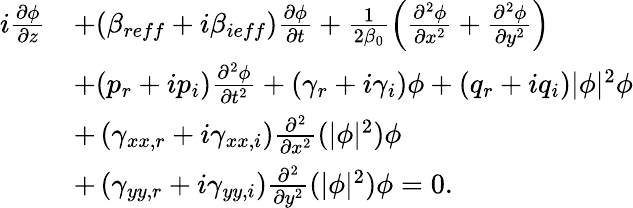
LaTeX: \begin{array}{rl}{i\frac{\partial\phi}{\partial z}}&{+(\beta_{reff}+i\beta_{ieff})\frac{\partial\phi}{\partial t}+\frac{1}{2\beta_{0}}\left(\frac{\partial^{2}\phi}{\partial x^{2}}+\frac{\partial^{2}\phi}{\partial y^{2}}\right)}\\ &{+(p_{r}+ip_{i})\frac{\partial^{2}\phi}{\partial t^{2}}+(\gamma_{r}+i\gamma_{i})\phi+(q_{r}+iq_{i})|\phi|^{2}\phi}\\ &{+\left(\gamma_{xx,r}+i\gamma_{xx,i}\right)\frac{\partial^{2}}{\partial x^{2}}(|\phi|^{2})\phi}\\ &{+\left(\gamma_{yy,r}+i\gamma_{yy,i}\right)\frac{\partial^{2}}{\partial y^{2}}(|\phi|^{2})\phi=0.}\end{array}